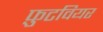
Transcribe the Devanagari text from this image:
फ़ुटवियर